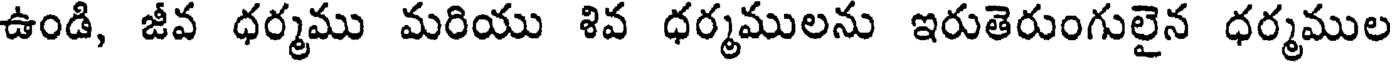
ఉండి, జీవ ధర్మము మరియు శివ ధర్మములను ఇరుతెరుంగులైన ధర్మముల